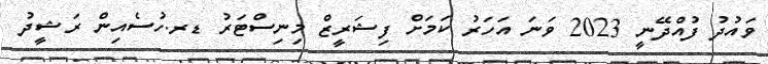
ވައުދު ފުއްދޭނީ 2023 ވަނަ އަހަރު ކަމަށް ފިޝަރީޒް މިނިސްޓަރު ޑރ.ހުސެއިން ރަޝީދު